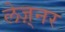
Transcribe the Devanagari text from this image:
लेज़्नर